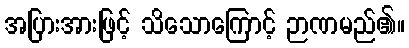
အပြားအားဖြင့် သိသောကြောင့် ဉာဏမည်၏။